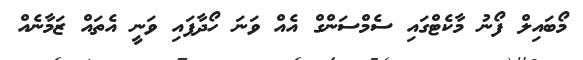
މޯބައިލް ފޯނު މާކެޓްގައި ސެމްސަންގް އެއް ވަނަ ހޯދާފައި ވަނީ އެތައް ޒަމާނެއް